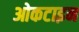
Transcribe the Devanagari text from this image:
ओकटाइन